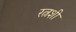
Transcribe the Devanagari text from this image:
रत्नशी